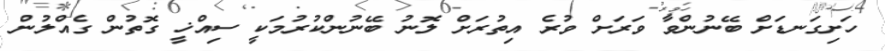
ހަށިގަނޑަށް ބޭނުންވާ ވަރަށް ވުރެ އިތުރަށް ލޮނު ބޭނުންކުރުމަކީ ސިއްޚީ ގޮތުން ގެއްލުން